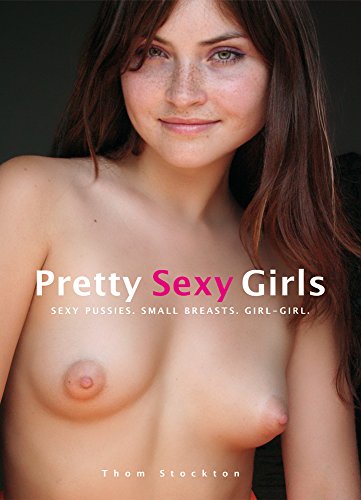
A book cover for Pretty Sexy Girls: Sexy Pussies. Small Breasts. Girl-Girl.; Thom Stockton; Arts & Photography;